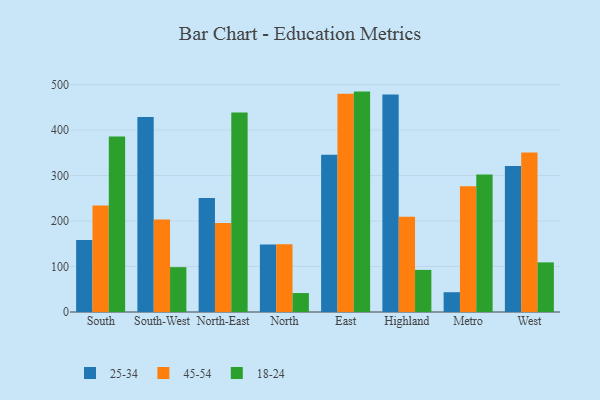
{"axis": {"x": "Region", "y": "Bounce Rate (%)"}, "legend": ["18-24", "25-34", "45-54"], "data": [{"x": "South", "y": 158.5, "type": "25-34"}, {"x": "South", "y": 234.0, "type": "45-54"}, {"x": "South", "y": 385.9, "type": "18-24"}, {"x": "South-West", "y": 428.7, "type": "25-34"}, {"x": "South-West", "y": 203.1, "type": "45-54"}, {"x": "South-West", "y": 98.6, "type": "18-24"}, {"x": "North-East", "y": 250.7, "type": "25-34"}, {"x": "North-East", "y": 195.7, "type": "45-54"}, {"x": "North-East", "y": 438.6, "type": "18-24"}, {"x": "North", "y": 148.4, "type": "25-34"}, {"x": "North", "y": 148.9, "type": "45-54"}, {"x": "North", "y": 41.7, "type": "18-24"}, {"x": "East", "y": 345.9, "type": "25-34"}, {"x": "East", "y": 479.9, "type": "45-54"}, {"x": "East", "y": 484.5, "type": "18-24"}, {"x": "Highland", "y": 478.3, "type": "25-34"}, {"x": "Highland", "y": 209.3, "type": "45-54"}, {"x": "Highland", "y": 92.6, "type": "18-24"}, {"x": "Metro", "y": 43.5, "type": "25-34"}, {"x": "Metro", "y": 276.4, "type": "45-54"}, {"x": "Metro", "y": 302.2, "type": "18-24"}, {"x": "West", "y": 320.9, "type": "25-34"}, {"x": "West", "y": 350.4, "type": "45-54"}, {"x": "West", "y": 109.1, "type": "18-24"}]}